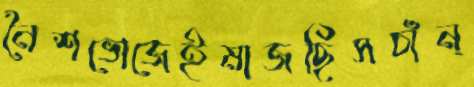
নৈশভোজেইমাজছিসচাঁন্